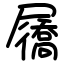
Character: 屩